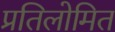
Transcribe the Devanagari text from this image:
प्रतिलोमित